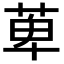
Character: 萆